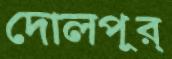
দোলপূর্